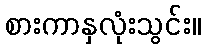
စားကာနှလုံးသွင်း။